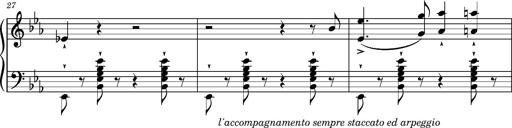
Title: Magyar rapszÃ³diÃ¡k
Composer: Franz Liszt